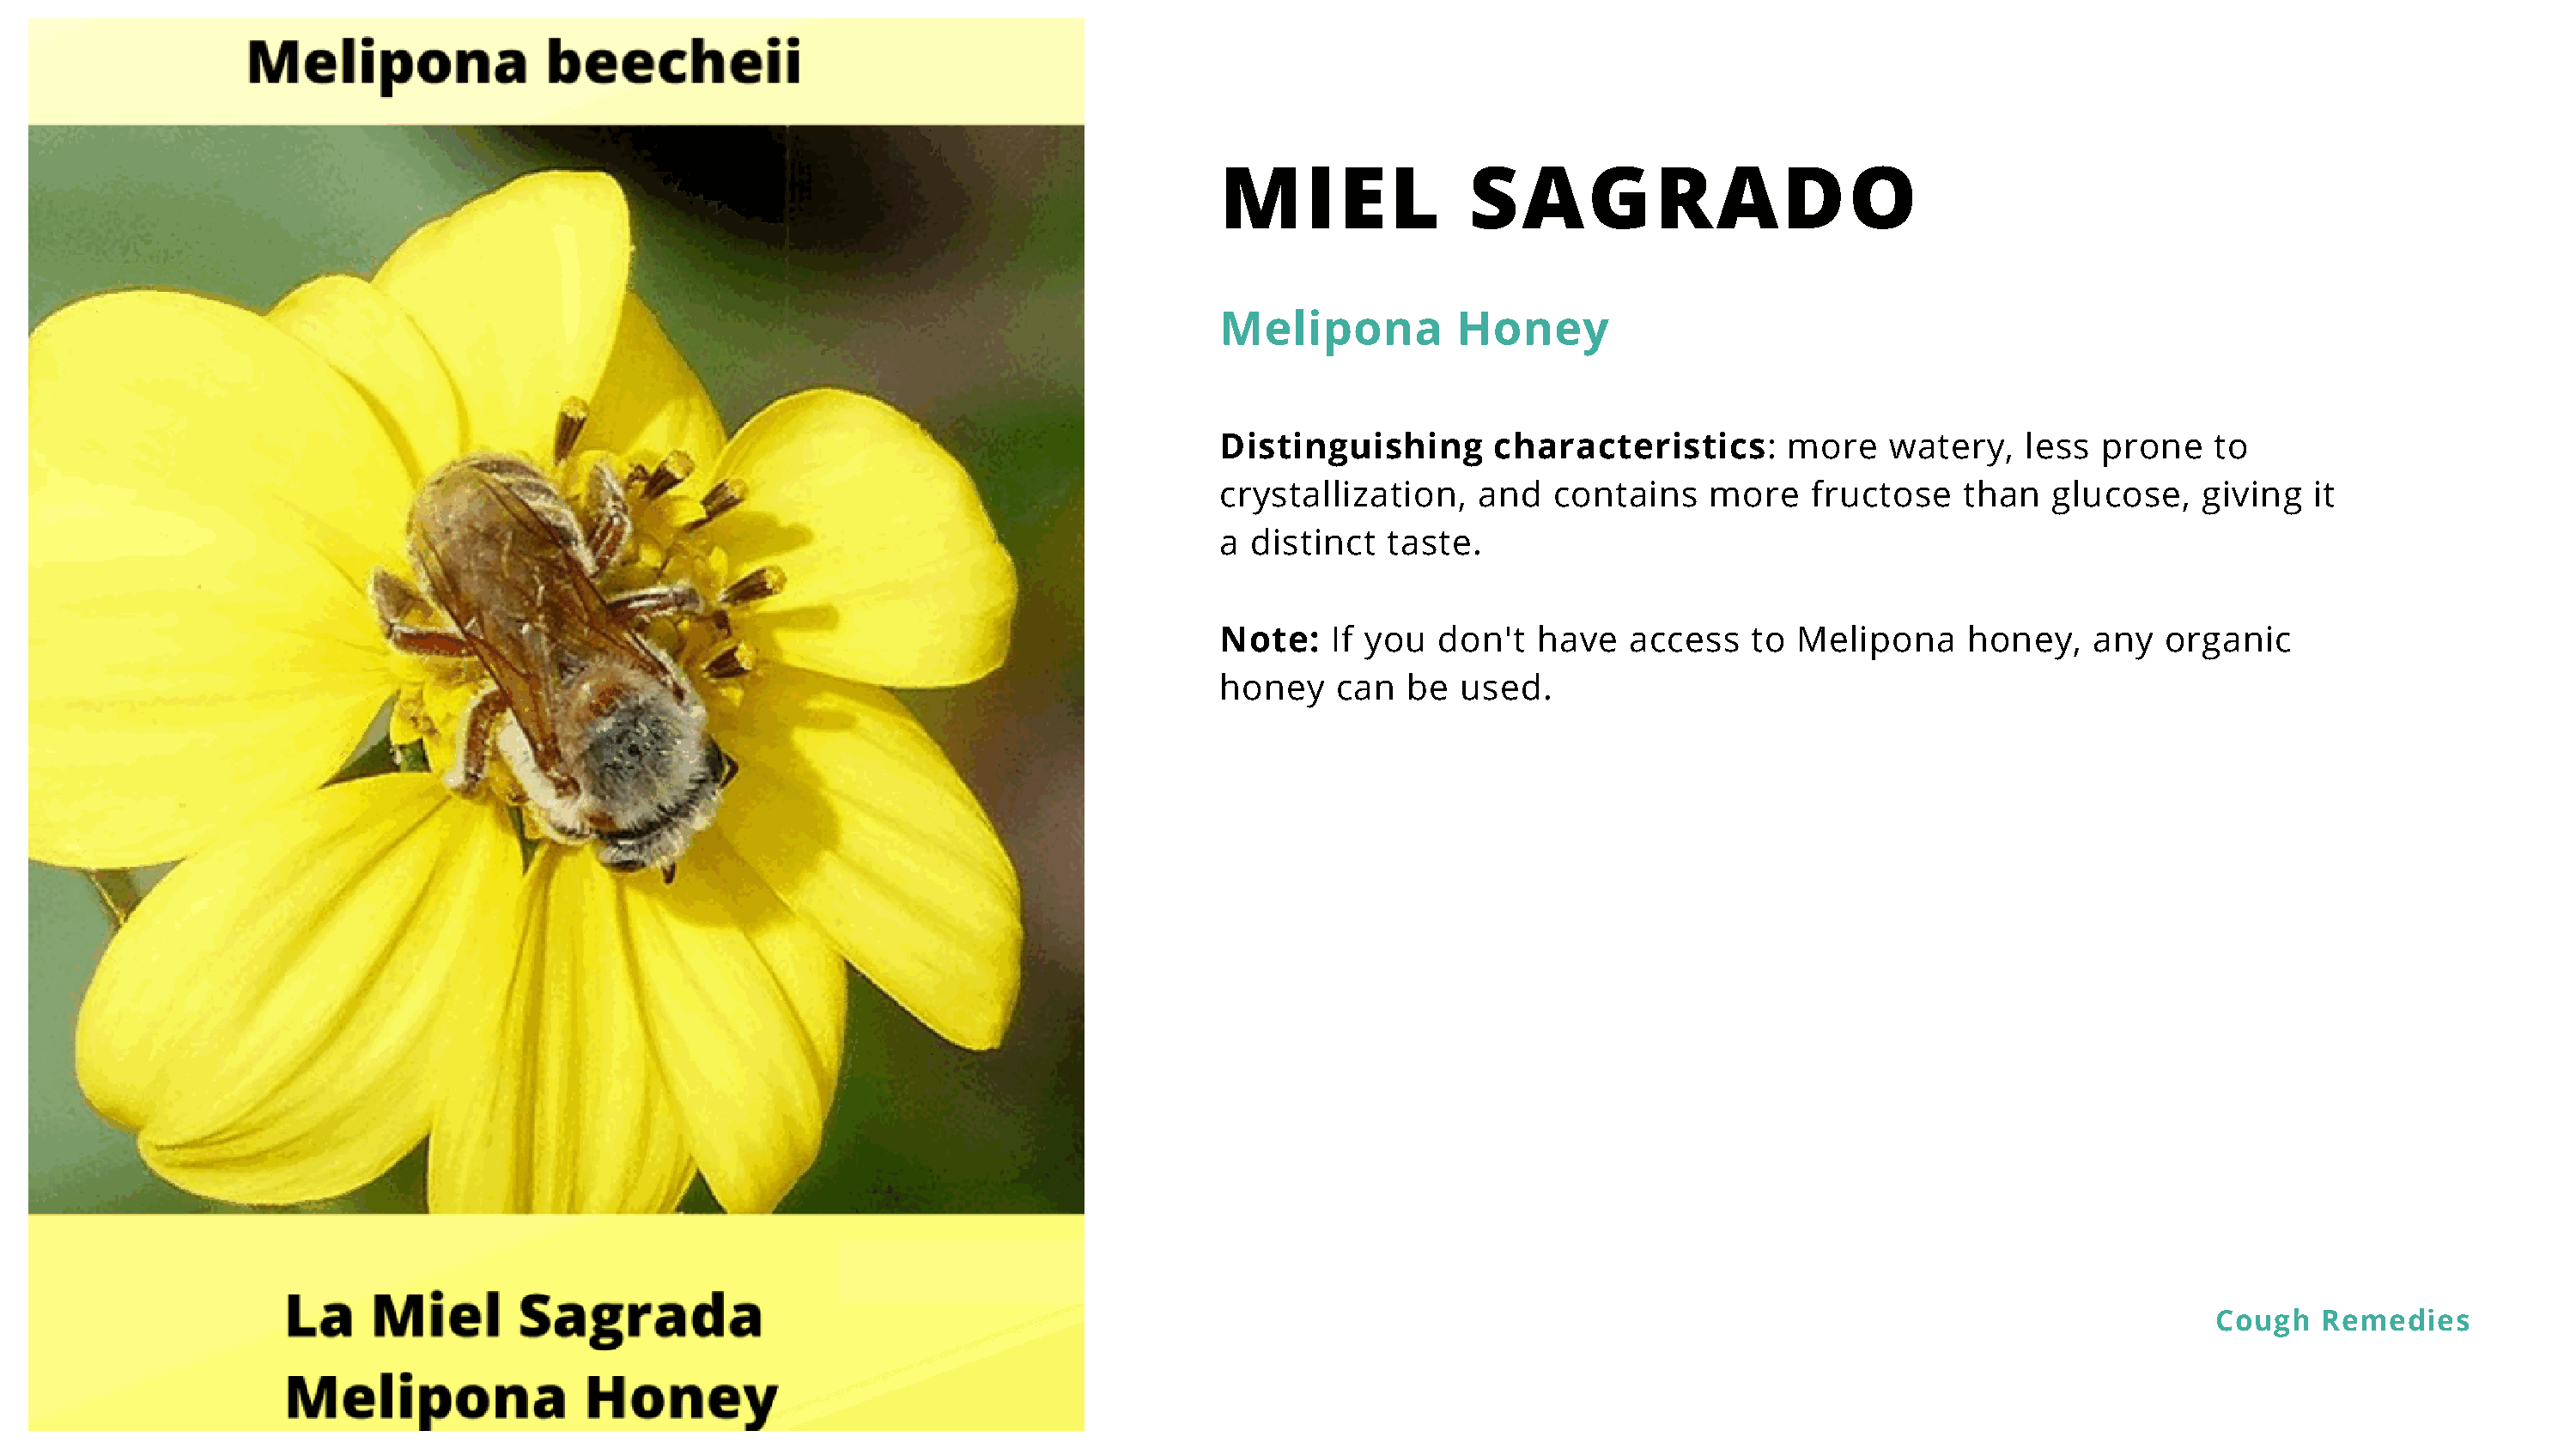
MIEL               SAGRADO
 Melipona          Honey
 Distinguishing       characteristics:       more    watery,   less  prone    to
 crystallization,    and   contains    more    fructose   than   glucose,    giving  it
 a distinct   taste.
 Note:    If you  don't  have    access   to  Melipona     honey,   any   organic
 honey    can  be   used.
 Cough   Remedies